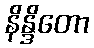
နိန္ဒိတော